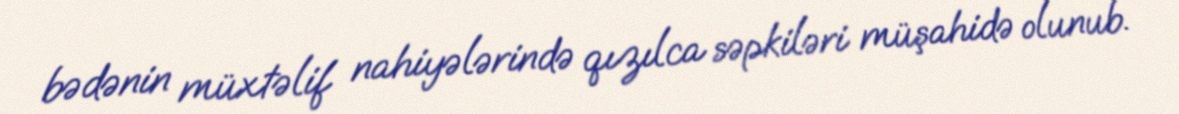
bədənin müxtəlif nahiyələrində qızılca səpkiləri müşahidə olunub.